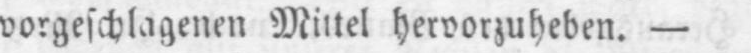
vorgeschlagenen Mittel hervorzuheben. -